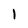
Character: 1